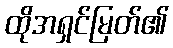
ထိုအရှင်မြတ်၏